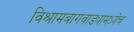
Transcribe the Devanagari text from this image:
विश्रामबागवाड्यामध्येच